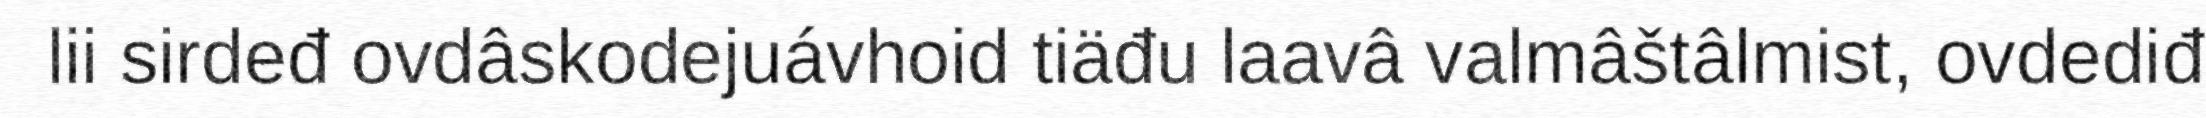
lii sirdeđ ovdâskodejuávhoid tiäđu laavâ valmâštâlmist, ovdediđ